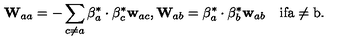
{ \bf W } _ { a a } = - \sum _ { c \neq a } { \mathrm { \boldmath \beta } } _ { a } ^ { * } \cdot { \mathrm { \boldmath \beta } } _ { c } ^ { * } { \bf w } _ { a c } , { \bf W } _ { a b } = { \mathrm { \boldmath \beta } } _ { a } ^ { * } \cdot { \mathrm { \boldmath \beta } } _ { b } ^ { * } { \bf w } _ { a b } \quad \mathrm { i f a \neq b } .